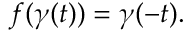
f ( \gamma ( t ) ) = \gamma ( - t ) .